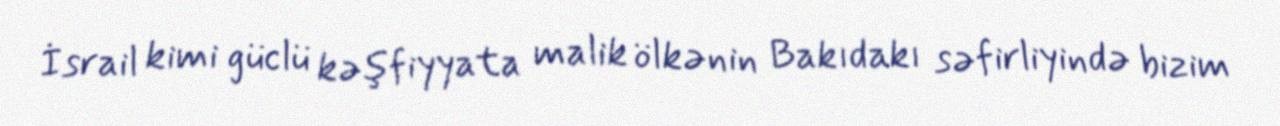
İsrail kimi güclü kəşfiyyata malik ölkənin Bakıdakı səfirliyində bizim